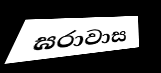
ඝරාවාස